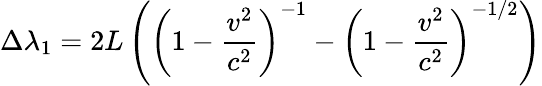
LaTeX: \Delta{\lambda}_{1}=2L\left(\left({1-{\frac{v^{2}}{c^{2}}}}\right)^{-1}-\left(1-{\frac{v^{2}}{c^{2}}}\right)^{-1/2}\right)